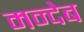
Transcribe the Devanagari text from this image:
मन्देब